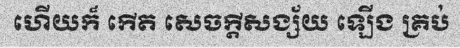
ហើយក៏ កើត សេចក្តីសង្ស័យ ឡើង គ្រប់